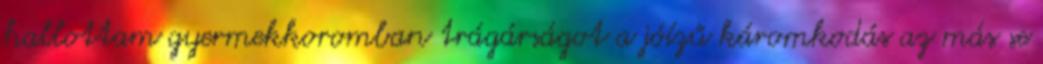
hallottam gyermekkoromban trágárságot a jóízű káromkodás az más se